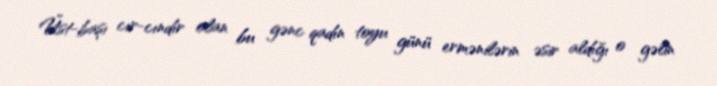
Üst-başı cır-cındır olan bu gənc qadın toyu günü ermənilərin əsir aldığı o gəlin